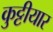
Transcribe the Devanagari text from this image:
कुट्टीयार